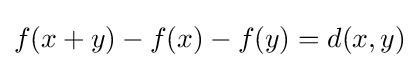
f(x+y)-f(x)-f(y)=d(x,y)